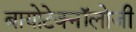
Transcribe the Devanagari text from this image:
बायोटेक्नॉलोजी